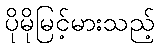
ပိုမိုမြင့်မားသည့်